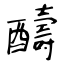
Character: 醻